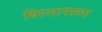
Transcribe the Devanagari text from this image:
विस्ताररूप